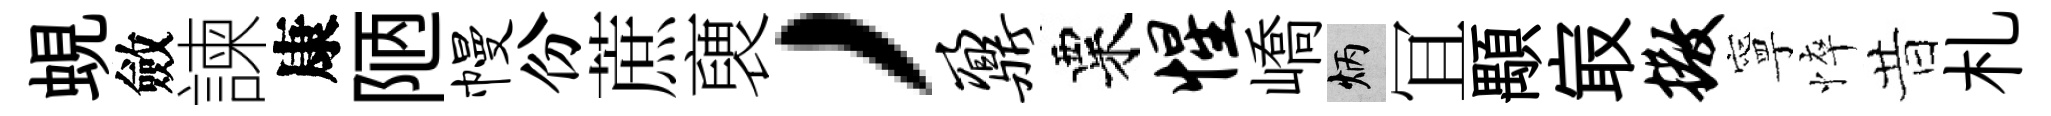
蜆斂諫康陋幔份蔗褏，鼐粟惺嶠炳冝顒㝡撒寧悴昔札